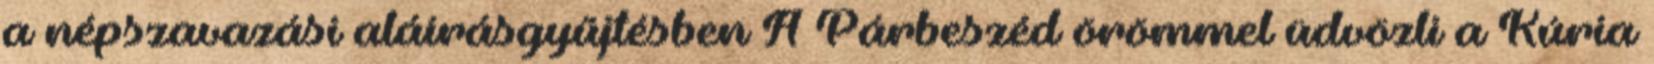
a népszavazási aláírásgyűjtésben A Párbeszéd örömmel üdvözli a Kúria